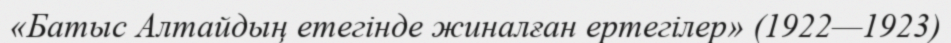
«Батыс Алтайдың етегінде жиналған ертегілер» (1922—1923)